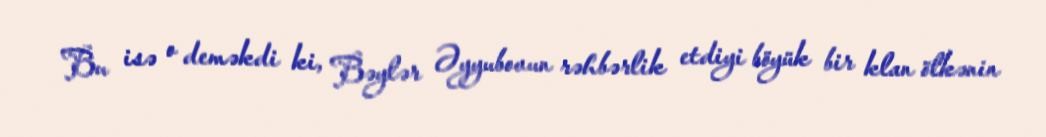
Bu isə o deməkdi ki, Bəylər Əyyubovun rəhbərlik etdiyi böyük bir klan ölkənin